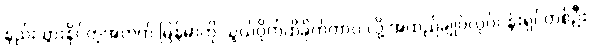
နည်းသွားနိုင်တဲ့အတွက် မြန်မာကို သွယ်ဝိုက်ထိခိုက်တာပဲ လို့ အထည်ချုပ်လုပ်ငန်းရှင်တစ်ဦး